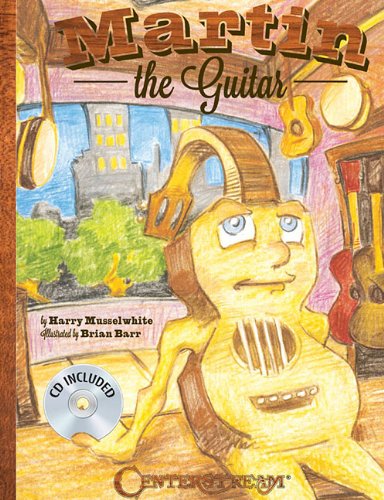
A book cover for Martin The Guitar (Hardcover Book/CD); Harry Musselwhite; Teen & Young Adult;